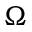
\Omega